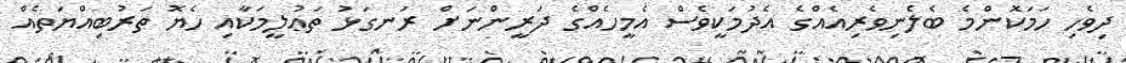
ދިވެހި ހަމަކޮންމެ ބެލެނިވެރިއެއްގެ އެދުމަކީވެސް އެމީހެއްގެ ދަރީންނަށް ރަނގަޅު ތަޢުލީމަކާއި ހެޔޮ ތަރުބިއްޔަތެއް